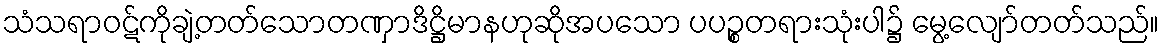
သံသရာဝဋ်ကိုချဲ့တတ်သောတဏှာဒိဋ္ဌိမာနဟုဆိုအပသော ပပဉ္စတရားသုံးပါ၌ မွေ့လျော်တတ်သည်။